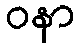
ဝနာ